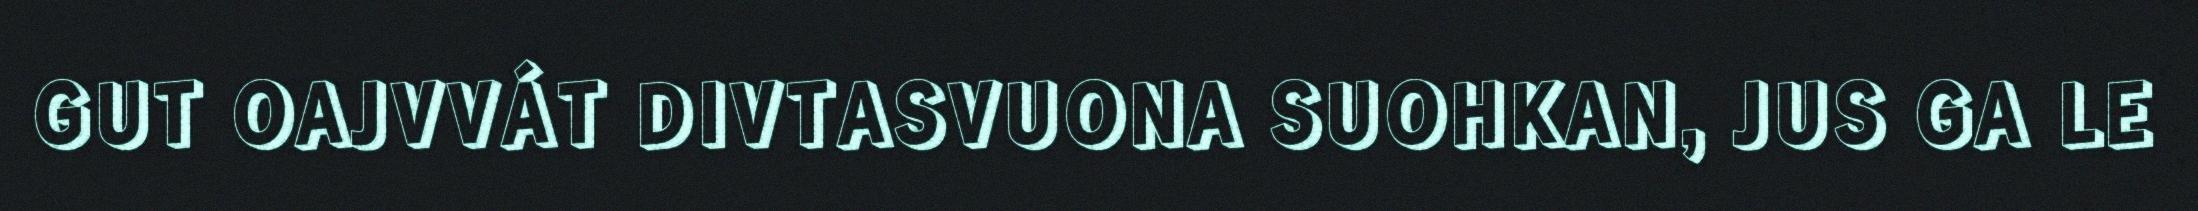
GUT OAJVVÁT DIVTASVUONA SUOHKAN, JUS GA LE